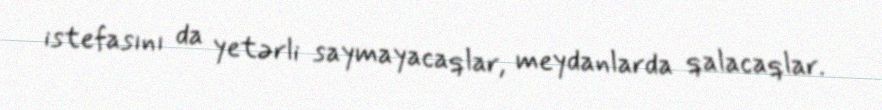
istefasını da yetərli saymayacaqlar, meydanlarda qalacaqlar.